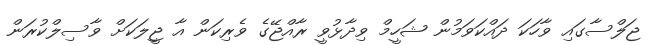
ޖަލްސާގައި ވާހަކަ ދައްކަވަމުން ޝަހީމް ވިދާޅުވީ ރާއްޖޭގެ ވެރިކަން އާ ޖީލަކަށް ވާސިލްކުރަން